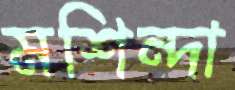
মশিন্দা